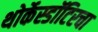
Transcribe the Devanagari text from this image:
थोर्केस्डॉटिरचा